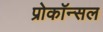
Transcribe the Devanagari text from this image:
प्रोकॉन्सल